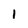
Character: l